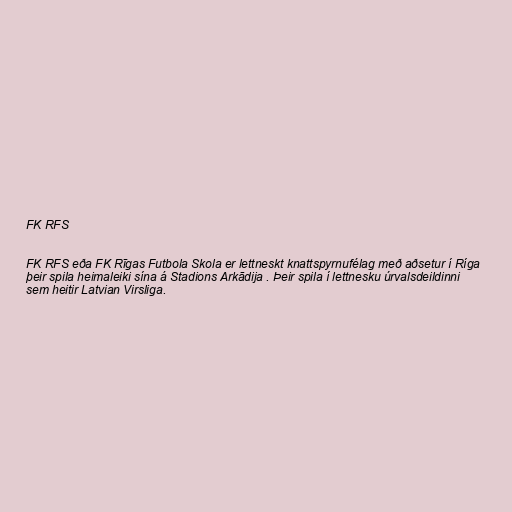
FK RFS

FK RFS eða FK Rīgas Futbola Skola er lettneskt knattspyrnufélag með aðsetur í Ríga
þeir spila heimaleiki sína á Stadions Arkādija . Þeir spila í lettnesku úrvalsdeildinni
sem heitir Latvian Virsliga.